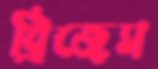
ব্রিজেস